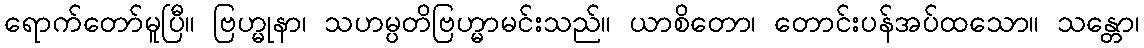
ရောက်တော်မူပြီ။ ဗြဟ္မုနာ၊ သဟမ္ပတိဗြဟ္မာမင်းသည်။ ယာစိတော၊ တောင်းပန်အပ်ထသော။ သန္တော၊